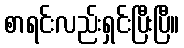
စာရင်းလည်းရှင်းပြီးပြီ။